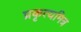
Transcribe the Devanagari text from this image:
प्रकृत्यमित्र